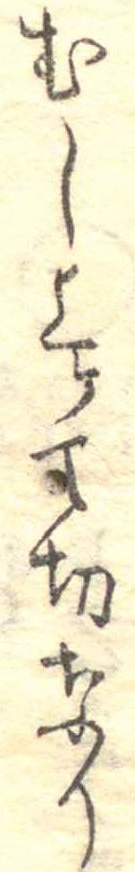
むし上けて切なり